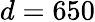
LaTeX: d=650